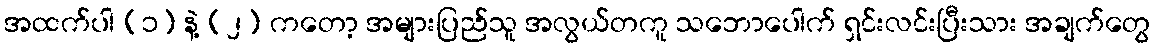
အထက်ပါ (၁) နဲ့ (၂) ကတော့ အများပြည်သူ အလွယ်တကူ သဘောပေါက် ရှင်းလင်းပြီးသား အချက်တွေ